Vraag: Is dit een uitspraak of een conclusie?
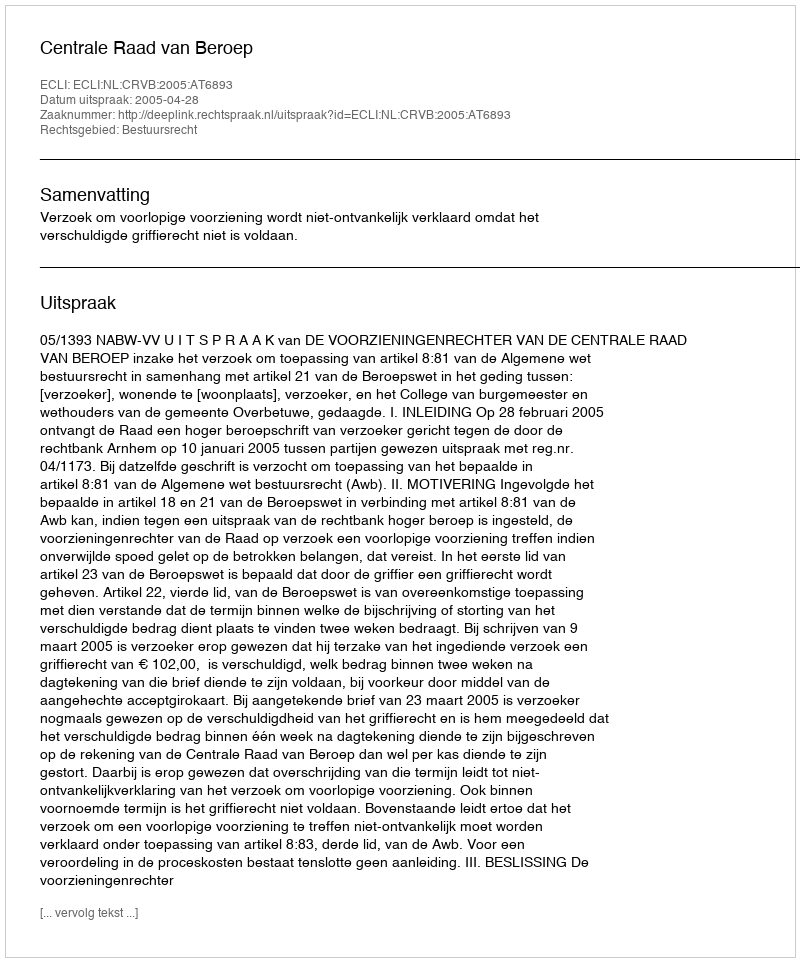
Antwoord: Uitspraak